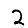
Digit: 2